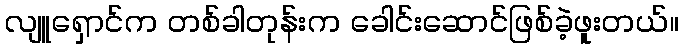
လျူရှောင်က တစ်ခါတုန်းက ခေါင်းဆောင်ဖြစ်ခဲ့ဖူးတယ်။